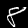
Label: 8